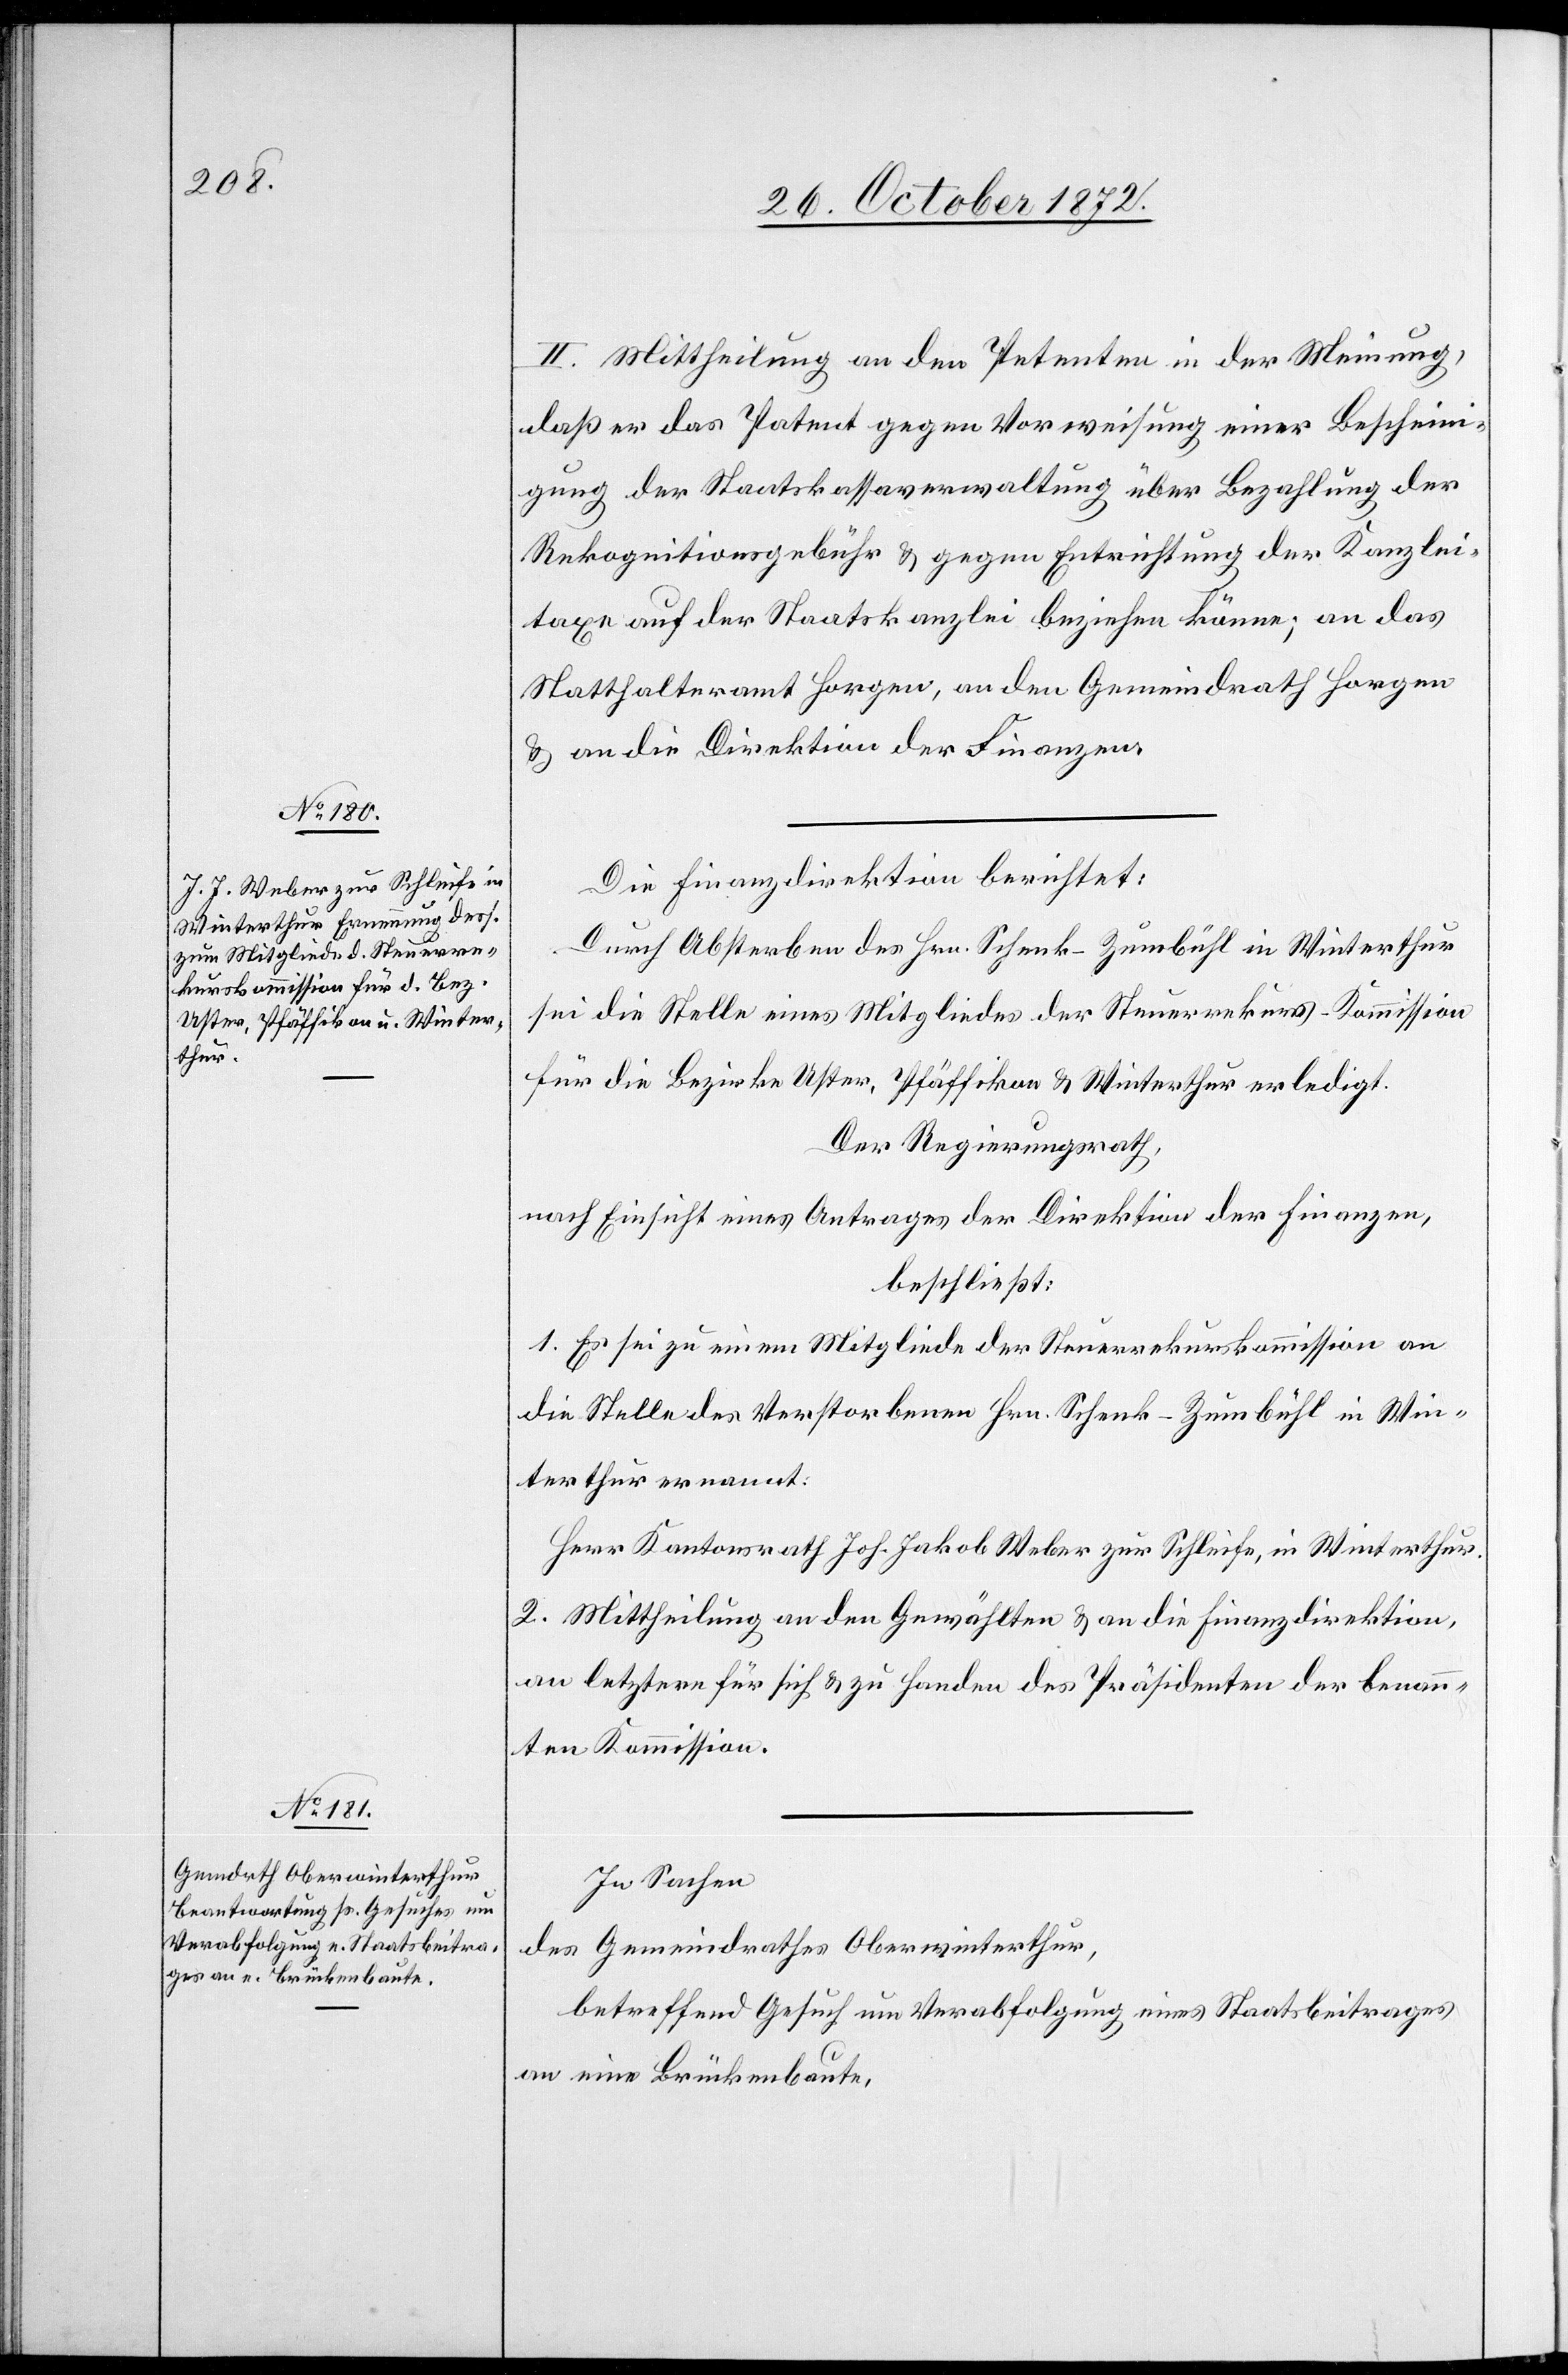
II. Mittheilung an den Petenten in der Meinung,
daß er das Patent gegen Vorweisung einer Bescheini¬
gung der Staatskassaverwaltung über Bezahlung der
Rekognitionsgebühr u. gegen Entrichtung der Kanzlei¬
taxe auf der Staatskanzlei beziehen könne; an das
Statthalteramt Horgen, an den Gemeindrath Horgen
u. an die Direktion der Finanzen.
Die Finanzdirektion berichtet:
Durch Absterben des Hrn. Schenk-Zumbühl in Winterthur
sei die Stelle eines Mitgliedes der Steuerrekurs-Kommission
für die Bezirke Uster, Pfäffikon u. Winterthur erledigt.
Der Regierungsrath,
nach Einsicht eines Antrages der Direktion der Finanzen,
beschließt:
1. Es sei zu einem Mitgliede der Steuerrekurskommission an
die Stelle des Verstorbenen Hrn. Schenk-Zumbühl in Win¬
terthur ernannt:
Herr Kantonsrath Joh. Jakob Weber zur Schleife, in Winterthur.
2. Mittheilung an den Gewählten u. an die Finanzdirektion,
an letztere für sich u. zu Handen des Präsidenten der benan¬
nten Kommission.
In Sachen
des Gemeindrathes Oberwinterthur,
betreffend Gesuch um Verabfolgung eines Staatsbeitrages
an eine Brückenbaute,